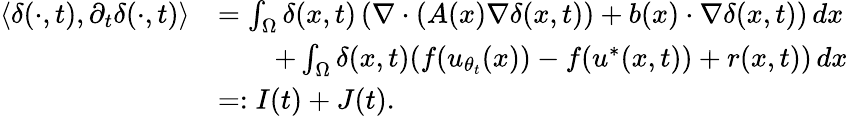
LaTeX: \begin{array}{rl}{\langle\delta(\cdot,t),\partial_{t}\delta(\cdot,t)\rangle}&{=\int_{\Omega}\delta(x,t)\left(\nabla\cdot(A(x)\nabla\delta(x,t))+b(x)\cdot\nabla\delta(x,t)\right)\, dx}\\ &{\qquad+\int_{\Omega}\delta(x,t)(f(u_{\theta_{t}}(x))-f(u^{*}(x,t))+r(x,t))\, dx}\\ &{=:I(t)+J(t).}\end{array}